Civil Veterinary Department. United Provinces 1923-31 - 1923-1931
Year: 1923
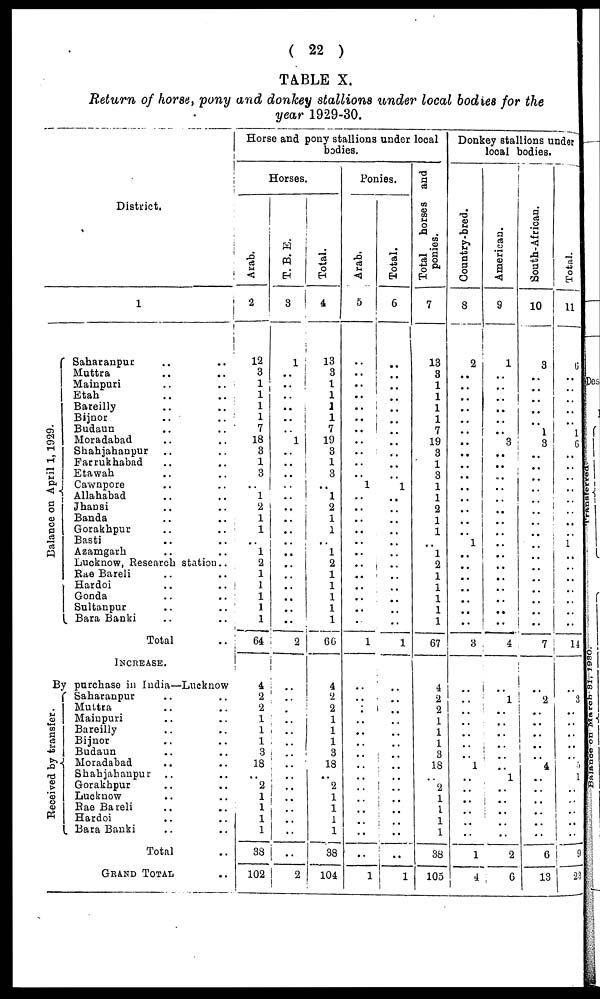
(22)
TABLE X.
Return of horse, pony and donkey stallions under local bodies for the
year 1929-30.
District.
Balance on April 1, 1929.
1
Saharanpur .. ..
Muttra .. ..
Mainpuri
..
..
Etah
.. ..
Bareilly
..
..
Bijnor
..
..
Budaun
..
..
Moradabad .. ..
Shahjahanpur .. ..
Farrukhabad .. ..
Etawah .. ..
Cawnpore .. ..
Allahabad .. ..
Jhansi .. ..
Banda
.. ..
Gorakhpur
.. ..
Basti
..
..
Azamgarh .. ..
Lucknow, Research station..
Rae Bareli .. ..
Hardoi
..
..
Gonda
..
..
Sultanpur
..
..
Bara Banki .. ..
Total
..
INCREASE.
By purchase in India—Lucknow
Received by transfer.
Saharanpur .. ..
Muttra .. ..
Mainpuri .. ..
Bareilly .. ..
Bijnor .. ..
Budaun .. ..
Moradabad .. ..
Shahjahanpur .. ..
Gorakhpur .. ..
Lucknow .. ..
Rae Bareli .. ..
Hardoi .. ..
Bara Banki .. ..
Total ..
GRAND TOTAL ..
Horse and pony stallions under local
bodies.
Horses.
Arab.
2
12
3
1
1
1
1
7
18
3
1
3
1
2
1
1
..
1
2
1
1
1
1
1
64
4
2
2
1
1
1
3
18
..
2
1
1
1
1
38
102
T. B. E.
3
1
..
..
..
..
..
..
..
..
..
..
..
..
..
..
..
..
..
..
..
..
..
..
..
2
..
..
..
..
..
..
..
..
..
..
..
..
..
....
..
..
2
Total.
4
13
3
1
1
1
1
7
19
3
1
3
..
1
2
1
1
..
1
2
1
1
1
1
1
66
4
2
2
1
1
1
3
18
..
2
1
1
1
1
38
104
Ponies.
Arab.
5
..
..
..
..
..
..
..
..
..
..
..
1
..
..
..
..
..
..
..
..
..
..
..
..
1
..
..
..
..
..
..
..
..
..
..
..
..
..
....
..
1
Total.
6
..
..
..
..
..
..
..
..
..
..
..
1
..
..
..
..
..
..
..
..
..
..
..
..
1
..
..
..
..
..
..
..
..
..
..
..
..
..
..
..
1
Total
horses and
ponies.
7
13
3
1
1
1
1
7
19
3
1
3
1
1
2
1
1
..
1
2
1
1
1
1
1
67
4
2
2
1
1
1
3
18
..
2
1
1
1
1
38
105
Donkey stallions under
local bodies.
Country-bred.
8
2
..
..
..
..
..
..
..
..
..
..
..
..
..
..
..
1
..
..
..
..
..
..
..
3
..
..
..
..
..
..
..
1
..
..
..
..
..
..
1
4
American.
9
1
..
..
..
..
..
..
3
..
..
..
..
..
..
..
..
..
..
..
..
..
..
..
..
4
..
1
..
..
..
..
..
..
1
..
..
..
..
..
2
6
South-African.
10
3
..
..
..
..
..
1
3
..
..
..
..
..
..
..
..
..
..
..
..
..
..
..
..
7
..
2
..
..
..
..
..
4
..
..
..
..
..
..
6
13
Total.
11
6
..
..
..
..
..
1
6
..
..
..
..
..
..
..
..
1
..
..
..
..
..
..
..
14
..
3
..
..
..
..
..
5
1
..
..
..
..
..
9
23